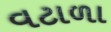
વટાળા